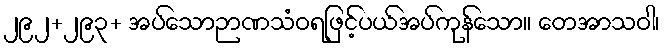
၂၉၂+၂၉၃+ အပ်သောဉာဏသံဝရဖြင့်ပယ်အပ်ကုန်သော။ တေအာသဝါ၊